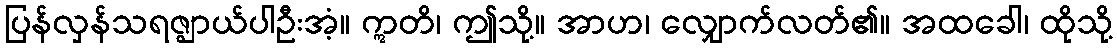
ပြန်လှန်သရဇ္ဈာယ်ပါဦးအံ့။ ဣတိ၊ ဤသို့။ အာဟ၊ လျှောက်လတ်၏။ အထခေါ၊ ထိုသို့